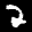
Label: 2